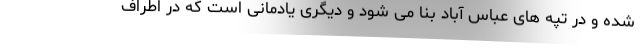
شده و در تپه های عباس آباد بنا می شود و دیگری یادمانی است که در اطراف